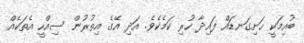
ބުއިމަކީ ހަށިގަނޑައް ފައިދާ ހުރި ކަމެކެވެ. އަދި އޭގެ އިތުރުން ސިއްހީ އެތަކެއް